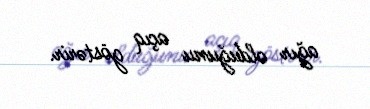
ağır olduğunu açıq göstərir.